Vaccination in Bombay 1913-1923 - 1913-1923
Year: 1913
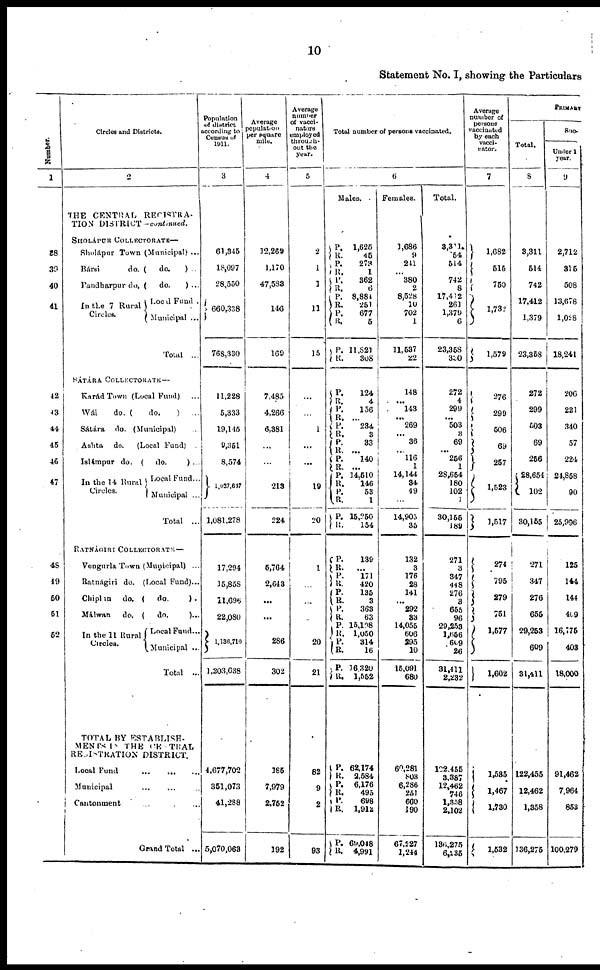
10
Statement No. I, showing the Particulars
Number.
1
38
39
40
41
42
43
44
45
46
47
48
49
50
51
52
Circles and Districts.
2
THE CENTRAL REGISTRA-
TION DISTRICT—continued.
SHOLÁPUR COLLECTORATE—
Sholápur Town (Municipal) ...
Bársi
do. (
do.
) ...
Pandharpur do. (
do.
) ...
In the 7 Rural
Circles.
Local Fund.
Municipal ...
Total ...
SÁTÁRA COLLECTORATE —
Karád Town (Local Fund) ...
Wái
do. (
do.
)
...
Sátára
do. (Municipal) ...
Ashta
do.
(Local Fund) .
Islámpur do. (
do.
) ...
In the 14 Rural
Circles.
Local Fund...
Municipal ...
Total
...
RATNÁGIRI COLLECTORATE —
Vengurla Town (Municipal) ...
Ratnágiri do. (Local Fund)...
Chiplun
do. (
do.
) .
Málwan
do. (
do.
)...
In the 11 Rural
Circles.
Local Fund...
Municipal ...
Total
...
TOTAL BY ESTABLISH-
MENTS IN THE CENTRAL
REGISTRATION DISTRICT.
Local Fund ... ... ...
Municipal ... ... ...
Cantonment ... ... ...
Grand Total ...
Population
of district
according to
Census of
1911.
3
61,345
18,097
28,550
660,338
768,330
11,228
5,333
19,145
9,351
8,574
1,027,647
1,081,278
17,294
15,858
11,696
22,080
1,136,710
1,203,638
4,677,702
351,073
41,288
5,070,063
Average
population
per square
mile.
4
12,269
1,170
47,583
146
169
7,485
4,266
6,381
...
...
213
224
5,764
2,643
...
...
286
302
185
7,979
2,752
192
Average
number
of vacci-
nators
employed
through-
out the
year.
5
2
1
1
11
15
...
...
1
...
...
19
20
1
...
...
...
20
21
82
9
2
93
Total number of persons vaccinated.
6
Males.
P.
R. P.
R.
P.
R.
P.
R.
P.
R.
P.
R.
P.
R. P.
R.
P.
R.
P.
R. P.
R. P.
R.
P.
R.
P.
R.
P.
R.
P.
R.
P.
R. P.
R.
P.
R.
P.
R.
P.
R.
P.
R.
P. R.
P.
R.
P.
R.
1,625
45
273
1
362
6
8,884
251
677
5
11,821
308
124
4
156
...
234
3
33
...
140
...
14,510
146
53
1
15,250
154
139
...
171
420
135
3
363
63
15,198
1,050
314
16
16,320
1,552
62,174
2,584
6,176
495
698
1,912
69,048
4,991
Females.
1,686
9
241
...
380
2
8,528
10
702
1
11,537
22
148
... 143
...
269
...
36
...
116
1
14,144
34
49
...
14,905
35
132
3
176
28
141
...
292
33
14,055
606
295
10
15,091
680
60,281
803
6,286
251
660
190
67,227
1,244
Total.
3,311
54
514
...
742
8
17,412
261
1,379
6
23,368
330
272
4
299
...
503
3
69
...
256
1
28,654
180
102
1
30,155
189
271
3
347
448
276
3
655
96
29,253
1,656
609
26
31,411
2,232
122,455
3,387
12,462
746
1,358
2,102
136,275
6,235
Average
number of
persons
vaccinated
by each
vacci-
nator.
7
1,682
515
750
1,732
1,579
276
299
506
69
257
1,523
1,517
274
795
279
751
1,577
1,602
1,535
1,467
1,730
1,532
PRIMARY
Total.
8
3,311
514
742
17,412
1,379
23,358
272
299
503
69
256
28,654
102
30,155
271
347
276
655
29,253
609
31,411
122,455
12,462
1,358
136,275
Suc-
Under 1
year.
9
2,712
315
508
13,678
1,028
18,241
206
221
340
57
224
24,858
90
25,996
125
144
144
409
16,775
403
18,000
91,462
7,964
853
100,279